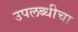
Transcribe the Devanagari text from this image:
उपलब्धीचा